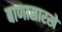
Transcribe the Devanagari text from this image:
बाणासारखे